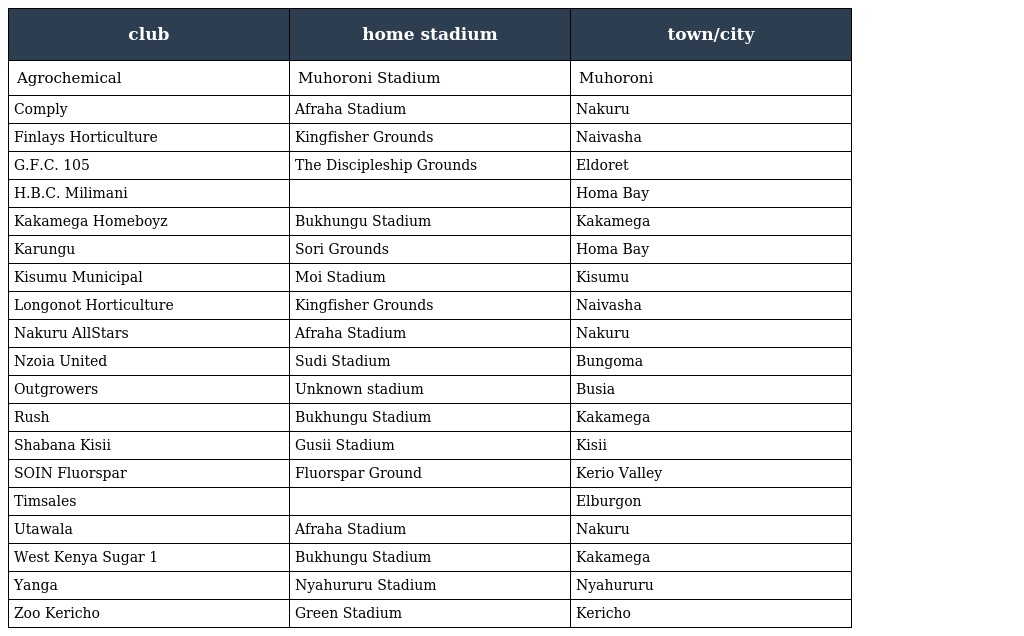
| club | home stadium | town/city |
 | --- | --- | --- |
 | Agrochemical | Muhoroni Stadium | Muhoroni |
 | Comply | Afraha Stadium | Nakuru |
 | Finlays Horticulture | Kingfisher Grounds | Naivasha |
 | G.F.C. 105 | The Discipleship Grounds | Eldoret |
 | H.B.C. Milimani |  | Homa Bay |
 | Kakamega Homeboyz | Bukhungu Stadium | Kakamega |
 | Karungu | Sori Grounds | Homa Bay |
 | Kisumu Municipal | Moi Stadium | Kisumu |
 | Longonot Horticulture | Kingfisher Grounds | Naivasha |
 | Nakuru AllStars | Afraha Stadium | Nakuru |
 | Nzoia United | Sudi Stadium | Bungoma |
 | Outgrowers | Unknown stadium | Busia |
 | Rush | Bukhungu Stadium | Kakamega |
 | Shabana Kisii | Gusii Stadium | Kisii |
 | SOIN Fluorspar | Fluorspar Ground | Kerio Valley |
 | Timsales |  | Elburgon |
 | Utawala | Afraha Stadium | Nakuru |
 | West Kenya Sugar 1 | Bukhungu Stadium | Kakamega |
 | Yanga | Nyahururu Stadium | Nyahururu |
 | Zoo Kericho | Green Stadium | Kericho |